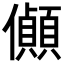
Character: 𪝽